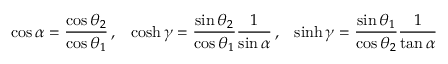
\cos \alpha = \frac { \cos \theta _ { 2 } } { \cos \theta _ { 1 } } \, , \; \; \; \cosh \gamma = \frac { \sin \theta _ { 2 } } { \cos \theta _ { 1 } } \frac { 1 } { \sin \alpha } \, , \; \; \; \sinh \gamma = \frac { \sin \theta _ { 1 } } { \cos \theta _ { 2 } } \frac { 1 } { \tan \alpha }